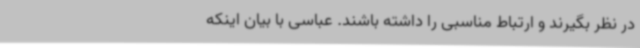
در نظر بگیرند و ارتباط مناسبی را داشته باشند. عباسی با بیان اینکه